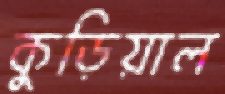
কুড়িয়াল